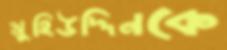
মুহিউদ্দিনকে